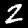
Digit: 2